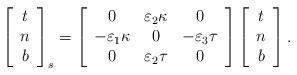
LaTeX: \begin{align*}\left[\begin{array}[c]{c}t\\n\\b\end{array}\right] _{s}=\left[\begin{array}[c]{ccc}0 & \varepsilon_{2}\kappa & 0\\-\varepsilon_{1}\kappa & 0 & -\varepsilon_{3}\tau\\0 & \varepsilon_{2}\tau & 0\end{array}\right] \left[\begin{array}[c]{c}t\\n\\b\end{array}\right] . \end{align*}